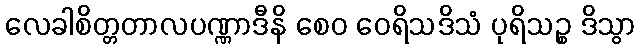
လေခါစိတ္တတာလပဏ္ဏာဒီနိ စေဝ ဝေရိသဒိသံ ပုရိသဉ္စ ဒိသွာ